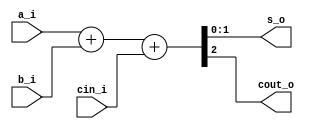
// This program was cloned from: https://github.com/mbaykenar/digital-logic-design
// License: Apache License 2.0

`timescale 1ns / 1ps
//////////////////////////////////////////////////////////////////////////////////
// Company: 
// Engineer: 
// 
// Design Name: 
// Module Name: binary_adder_2bit_assign
// Project Name: 
// Target Devices: 
// Tool Versions: 
// Description: 
// 
// Dependencies: 
// 
// Revision:
// Revision 0.01 - File Created
// Additional Comments:
// 
//////////////////////////////////////////////////////////////////////////////////


module binary_adder_2bit_assign
(
input [1:0] a_i,
input [1:0] b_i,
input cin_i,
output [1:0] s_o,
output cout_o
);

assign {cout_o,s_o} = a_i + b_i + cin_i;

endmodule